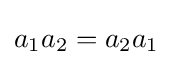
a_{1}a_{2}=a_{2}a_{1}